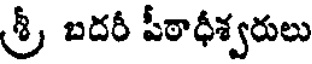
శ్రీ బదరీ పీఠాధీశ్వరులు